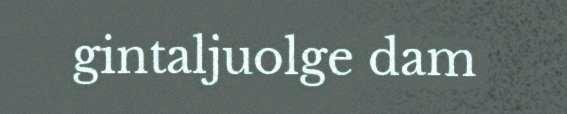
gintaljuolge dam